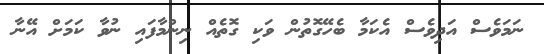
ނަމަވެސް އަދިވެސް އެކަމާ ބެހޭގޮތުން ވަކި ގޮތެއް ނިންމާފައި ނުވާ ކަމަށް އޭނާ